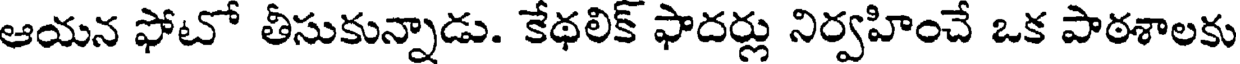
ఆయన ఫోటో తీసుకున్నాడు. కేథలిక్ ఫాదర్లు నిర్వహించే ఒక పాఠశాలకు